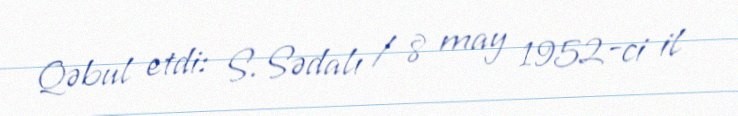
Qəbul etdi: S. Sədalı / 8 may 1952-ci il